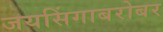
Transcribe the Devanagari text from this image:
जयसिंगाबरोबर